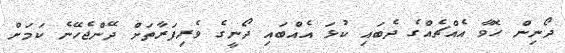
ދޯނިން ހޮވާ އެއްޗެއްގެ ދެބައި ކުޅަ އެއްބައި ދޯނީގެ ވެރިފަރާތަށް ދޭންޖެހޭނެ ކަމަށް